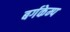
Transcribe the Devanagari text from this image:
बर्गकेम्प